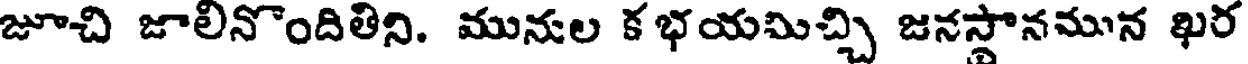
జూచి జాలినొందితిని. మునుల క భయమిచ్చి జనస్థానమున ఖర